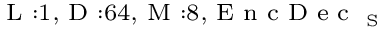
_ { \textrm { L } : 1 , \textrm { D } : 6 4 , \textrm { M } : 8 , \textrm { E n c D e c } _ { \textrm { S } } }